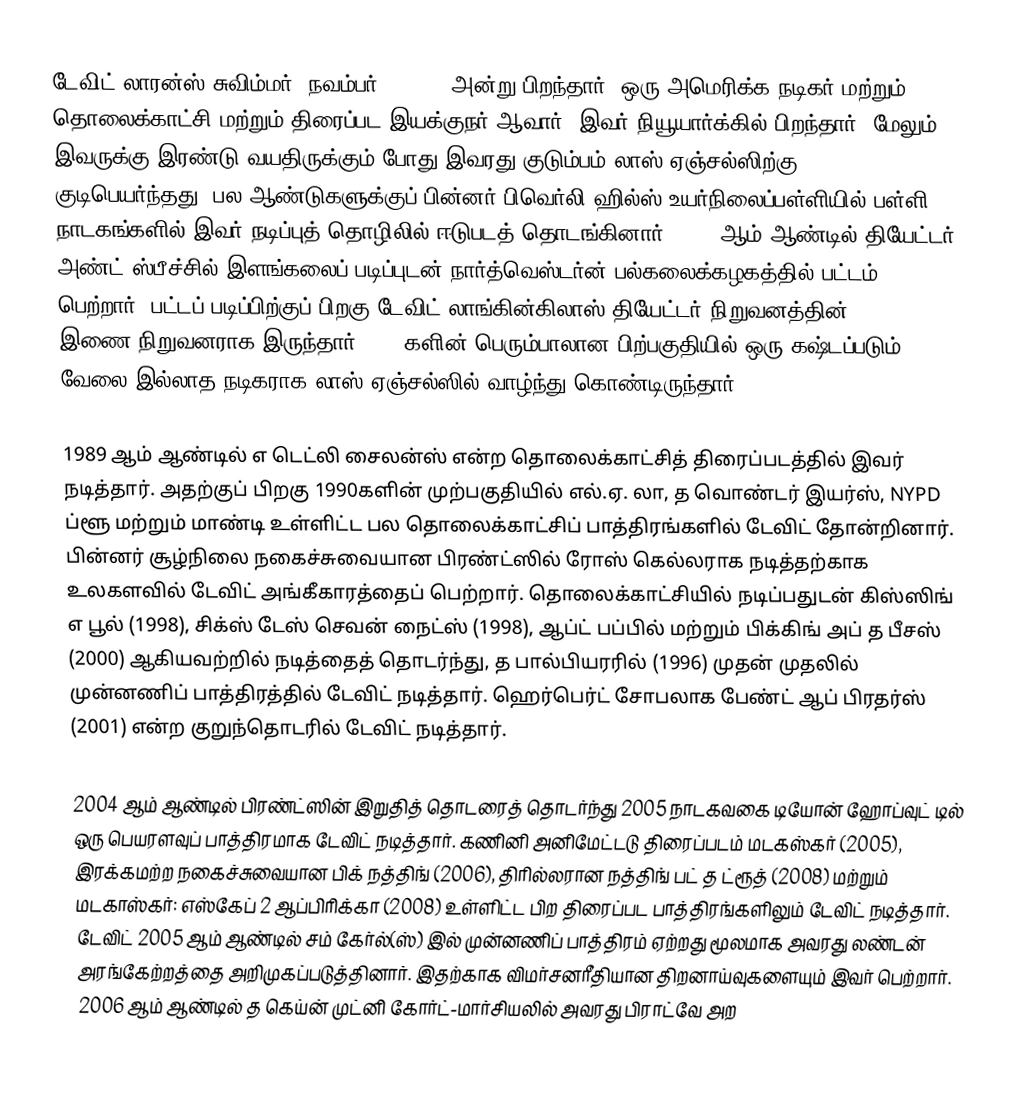
டேவிட் லாரன்ஸ் சுவிம்மர் (நவம்பர் 2, 1966 அன்று பிறந்தார்) ஒரு அமெரிக்க நடிகர் மற்றும் தொலைக்காட்சி மற்றும் திரைப்பட இயக்குநர் ஆவார். இவர் நியூயார்க்கில் பிறந்தார். மேலும் இவருக்கு இரண்டு வயதிருக்கும் போது இவரது குடும்பம் லாஸ் ஏஞ்சல்ஸிற்கு குடிபெயர்ந்தது. பல ஆண்டுகளுக்குப் பின்னர் பிவெர்லி ஹில்ஸ் உயர்நிலைப்பள்ளியில் பள்ளி நாடகங்களில் இவர் நடிப்புத் தொழிலில் ஈடுபடத் தொடங்கினார். 1988 ஆம் ஆண்டில் தியேட்டர் அண்ட் ஸ்பீச்சில் இளங்கலைப் படிப்புடன் நார்த்வெஸ்டர்ன் பல்கலைக்கழகத்தில் பட்டம் பெற்றார். பட்டப் படிப்பிற்குப் பிறகு டேவிட் லாங்கின்கிலாஸ் தியேட்டர் நிறுவனத்தின் இணை-நிறுவனராக இருந்தார். 1980களின் பெரும்பாலான பிற்பகுதியில் ஒரு கஷ்டப்படும் வேலை இல்லாத நடிகராக லாஸ் ஏஞ்சல்ஸில் வாழ்ந்து கொண்டிருந்தார்.

1989 ஆம் ஆண்டில் எ டெட்லி சைலன்ஸ் என்ற தொலைக்காட்சித் திரைப்படத்தில் இவர் நடித்தார். அதற்குப் பிறகு 1990களின் முற்பகுதியில் எல்.ஏ. லா, த வொண்டர் இயர்ஸ், NYPD ப்ளூ மற்றும் மாண்டி உள்ளிட்ட பல தொலைக்காட்சிப் பாத்திரங்களில் டேவிட் தோன்றினார். பின்னர் சூழ்நிலை நகைச்சுவையான பிரண்ட்ஸில் ரோஸ் கெல்லராக நடித்தற்காக உலகளவில் டேவிட் அங்கீகாரத்தைப் பெற்றார். தொலைக்காட்சியில் நடிப்பதுடன் கிஸ்ஸிங் எ பூல் (1998), சிக்ஸ் டேஸ் செவன் நைட்ஸ் (1998), ஆப்ட் பப்பில் மற்றும் பிக்கிங் அப் த பீசஸ் (2000) ஆகியவற்றில் நடித்தைத் தொடர்ந்து, த பால்பியரரில் (1996) முதன் முதலில் முன்னணிப் பாத்திரத்தில் டேவிட் நடித்தார். ஹெர்பெர்ட் சோபலாக பேண்ட் ஆப் பிரதர்ஸ் (2001) என்ற குறுந்தொடரில் டேவிட் நடித்தார்.

2004 ஆம் ஆண்டில் பிரண்ட்ஸின் இறுதித் தொடரைத் தொடர்ந்து 2005 நாடகவகை டியோன் ஹோப்வுட் டில் ஒரு பெயரளவுப் பாத்திரமாக டேவிட் நடித்தார். கணினி அனிமேட்டடு திரைப்படம் மடகஸ்கர் (2005), இரக்கமற்ற நகைச்சுவையான பிக் நத்திங் (2006), திரில்லரான நத்திங் பட் த ட்ரூத் (2008) மற்றும் மடகாஸ்கர்: எஸ்கேப் 2 ஆப்பிரிக்கா (2008) உள்ளிட்ட பிற திரைப்பட பாத்திரங்களிலும் டேவிட் நடித்தார். டேவிட் 2005 ஆம் ஆண்டில் சம் கேர்ல்(ஸ்) இல் முன்னணிப் பாத்திரம் ஏற்றது மூலமாக அவரது லண்டன் அரங்கேற்றத்தை அறிமுகப்படுத்தினார். இதற்காக விமர்சனரீதியான திறனாய்வுகளையும் இவர் பெற்றார். 2006 ஆம் ஆண்டில் த கெய்ன் முட்னி கோர்ட்-மார்சியலில் அவரது பிராட்வே அற